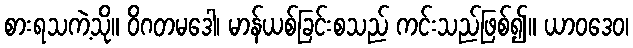
စားရသကဲ့သို။ ဝိဂတမဒေါ၊ မာန်ယစ်ခြင်းစသည် ကင်းသည်ဖြစ်၍။ ယာဝဒေဝ၊